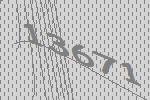
13671